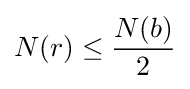
N(r)\leq {\frac {N(b)}{2}}